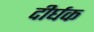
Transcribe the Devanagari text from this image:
दीर्घक